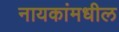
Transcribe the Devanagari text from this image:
नायकांमधील